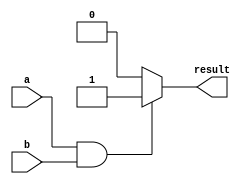
module conditional_assign_example (
    input wire a,
    input wire b,
    output reg result
);

// Conditional assign statement
assign result = (a && b) ? 1'b1 : 1'b0;

endmodule